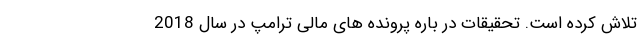
تلاش کرده‌ است. تحقیقات در باره پرونده های مالی ترامپ در سال 2018